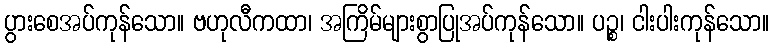
ပွားစေအပ်ကုန်သော။ ဗဟုလီကထာ၊ အကြိမ်များစွာပြုအပ်ကုန်သော။ ပဉ္စ၊ ငါးပါးကုန်သော။